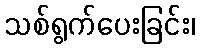
သစ်ရွက်ပေးခြင်း၊